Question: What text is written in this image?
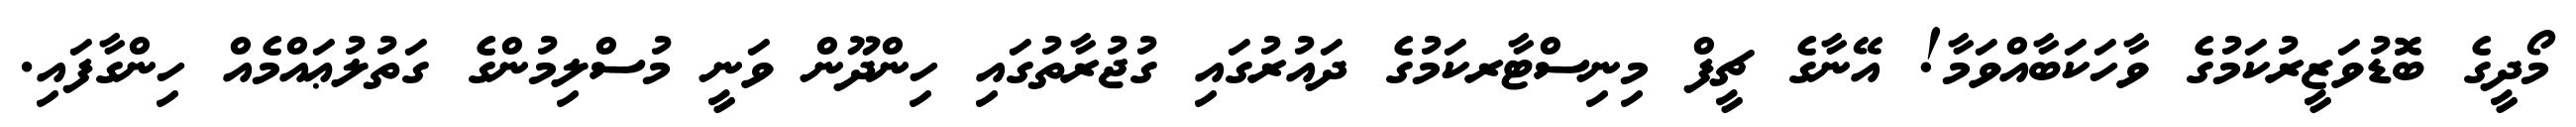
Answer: މޯދީގެ ބޮޮޑުވަޒީރުކަމުގެ ވާހަކަބާއްވަމާ! އޭނާގެ ޗީފް މިނިސްޓާރކަމުގެ ދައުރުގައި ގުޖުރާތުގައި ހިންދޫން ވަނީ މުސްލިމުންގެ ގަތުލުޢައްމެއް ހިންގާފައި.